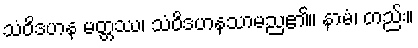
သံဝိဒဟန မတ္တဿ၊ သံဝိဒဟနသာမည၏။ နာမံ၊ တည်း။